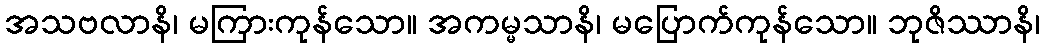
အသဗလာနိ၊ မကြားကုန်သော။ အကမ္မသာနိ၊ မပြောက်ကုန်သော။ ဘုဇိဿာနိ၊